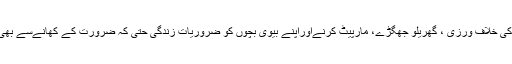
نشہ کے عادی لوگ، چوری، ڈکیٹی، فراڈ، ٹریفک قوانین کی خلاف ورزی ، گھریلو جھگڑے، مارپیٹ کرنےاوراپنے بیوی بچوں کو ضروریات زندگی حتیٰ کہ ضرورت کے کھانےسے بھی محروم رکھنے میںبھی کوئی شرم محسوس نہیں کرتے۔